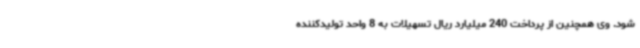
شود. وی همچنین از پرداخت 240 میلیارد ریال تسهیلات به 8 واحد تولیدکننده